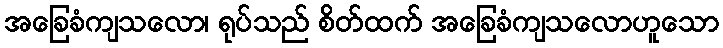
အခြေခံကျသလော၊ ရုပ်သည် စိတ်ထက် အခြေခံကျသလောဟူသော